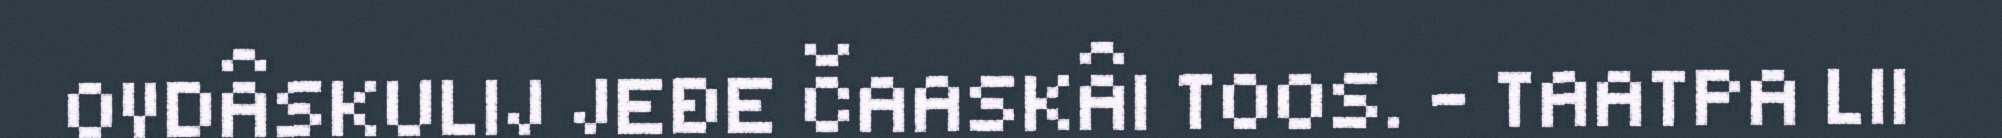
OVDÂSKULIJ JEĐE ČAASKÂI TOOS. - TAATPA LII